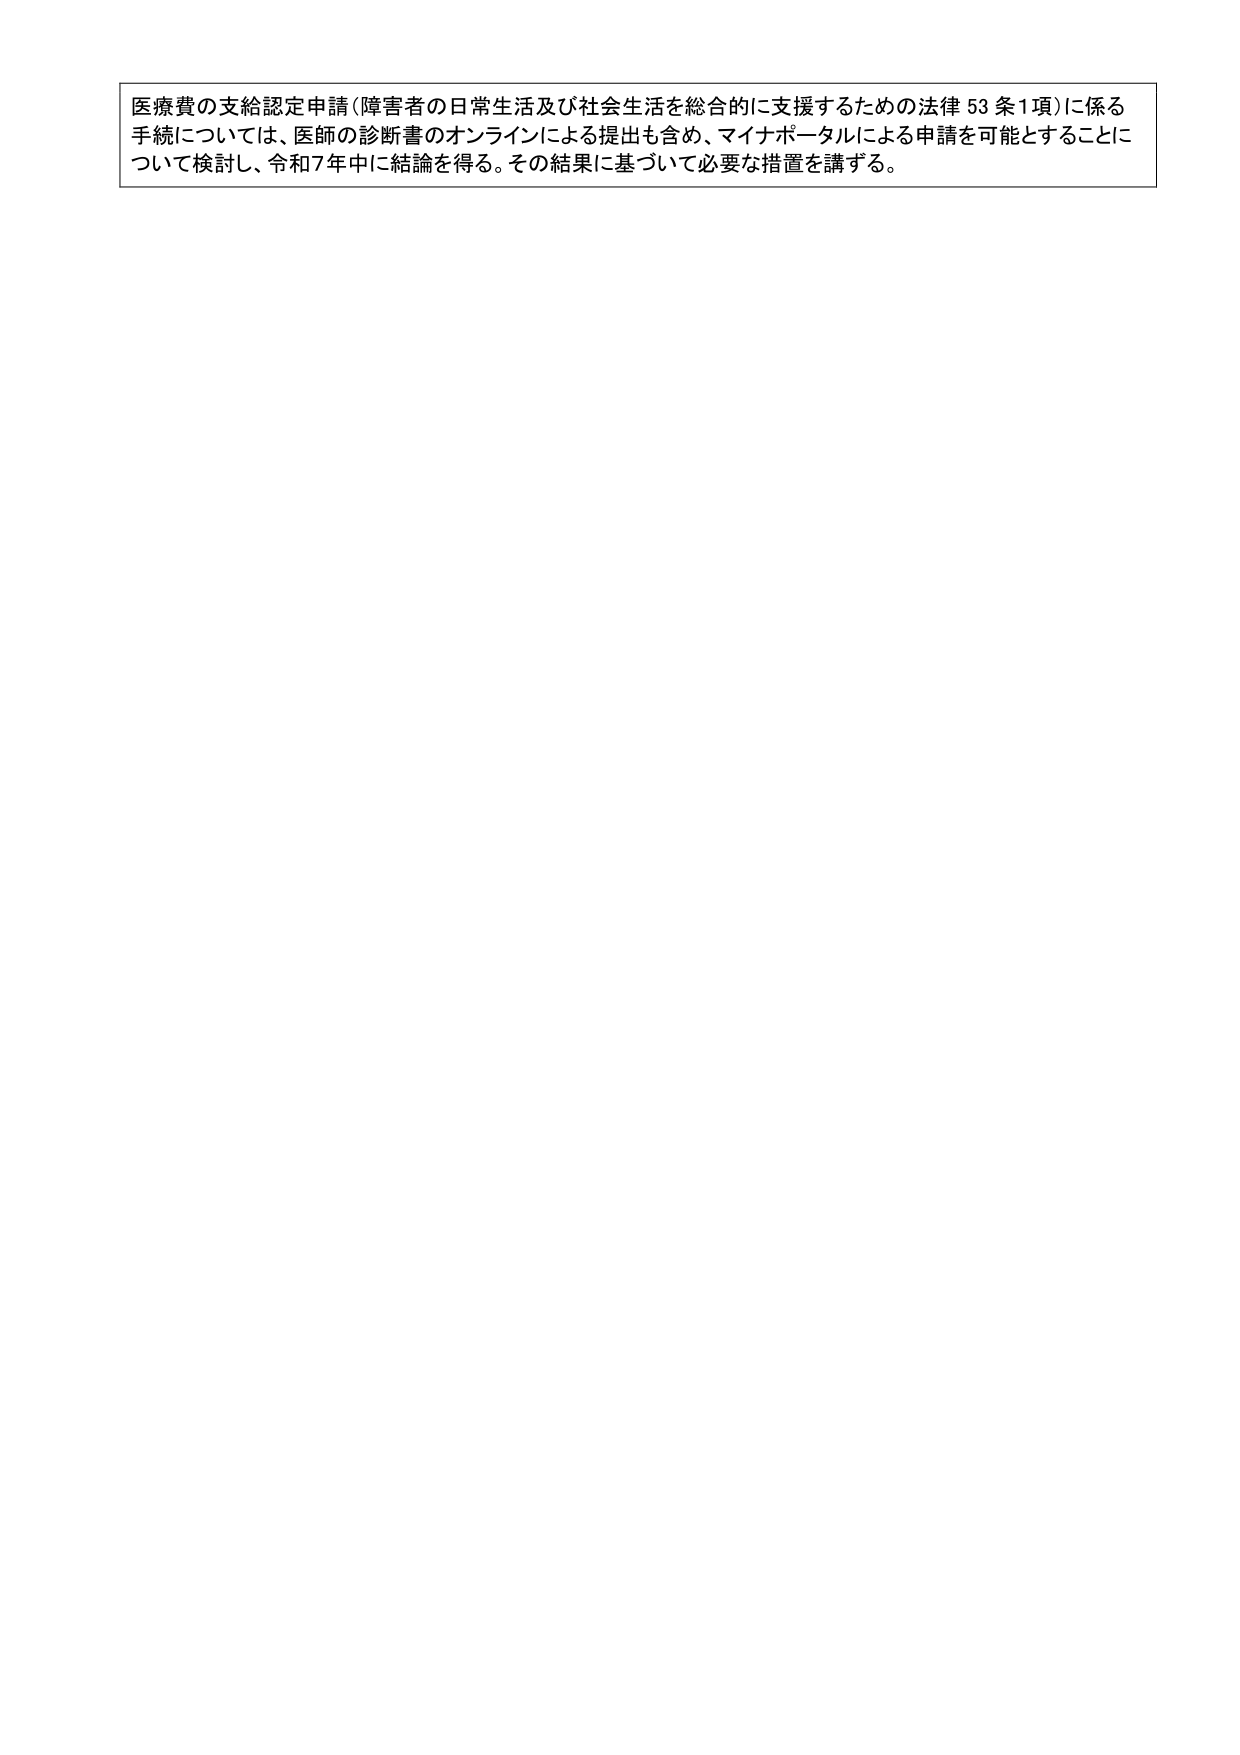
医療費の支給認定申請（障害者の日常生活及び社会生活を総合的に支援するための法律 53 条1項）に係る
手続については、医師の診断書のオンラインによる提出も含め、マイナポータルによる申請を可能とすることに
ついて検討し、令和7年中に結論を得る。その結果に基づいて必要な措置を講ずる。